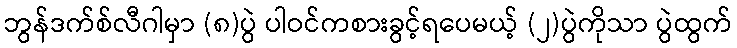
ဘွန်ဒက်စ်လီဂါမှာ (၈)ပွဲ ပါဝင်ကစားခွင့်ရပေမယ့် (၂)ပွဲကိုသာ ပွဲထွက်